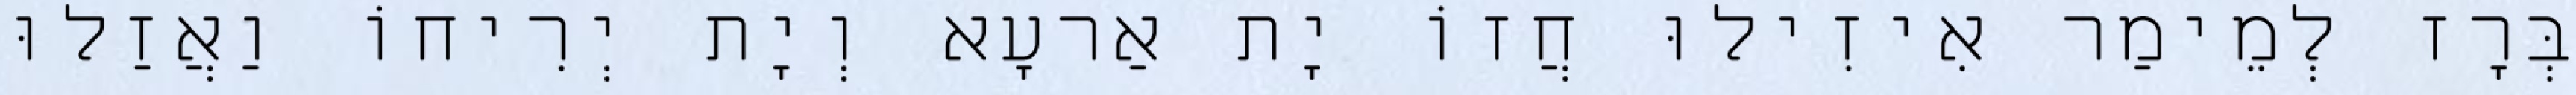
בְּרָז לְמֵימַר אִיזִילוּ חֲזוֹ יָת אַרעָא וְיָת יְרִיחוֹ וַאֲזַלוּ